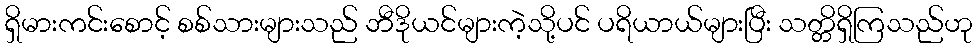
ရှိမားကင်းစောင့် စစ်သားများသည် ဘီဒိုယင်များကဲ့သို့ပင် ပရိယာယ်များပြီး သတ္တိရှိကြသည်ဟု